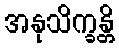
အနုသိက္ခန္တိ